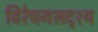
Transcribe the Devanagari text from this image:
विरेचनसदृश्य